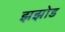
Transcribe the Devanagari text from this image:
झझोड